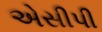
એસીપી